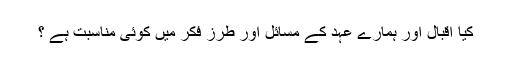
كیا اقبال اور ہمارے عہد كے مسائل اور طرزِ فكر میں كوئی مناسبت ہے ؟